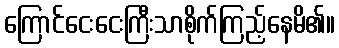
ကြောင်ငေးငေးကြီးသာစိုက်ကြည့်နေမိ၏။